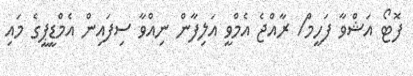
ފޮޓޯ އަޝްވާ ފަހީމް/ ރާއްޖެ އެމްވީ އަލިފާން ނިއްވާ ސިފައިން އެމްޑީޕީގެ މައި